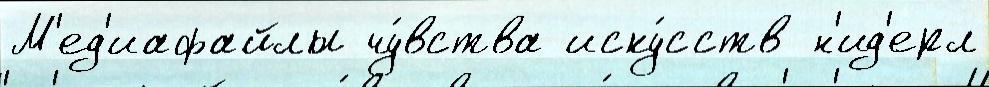
М'ед'иафайлы чу́вства иску́сств н'ид'ерл